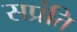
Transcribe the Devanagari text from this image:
सप्रंति